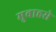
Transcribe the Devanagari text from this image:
मुबाहसे